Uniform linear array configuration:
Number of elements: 16
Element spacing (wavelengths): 0.25
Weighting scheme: hamming
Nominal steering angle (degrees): -45
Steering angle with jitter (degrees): -45.871
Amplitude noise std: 0.05
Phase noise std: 0.05

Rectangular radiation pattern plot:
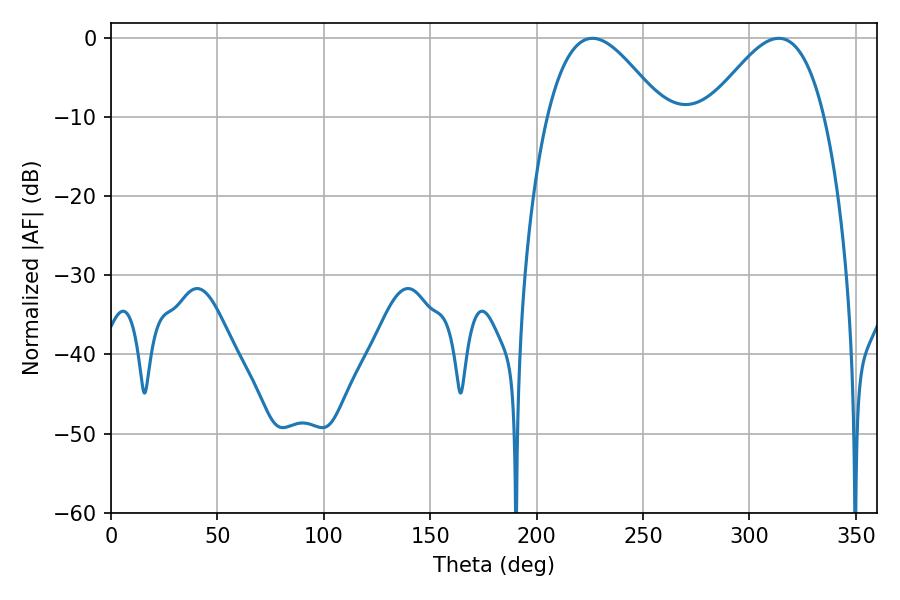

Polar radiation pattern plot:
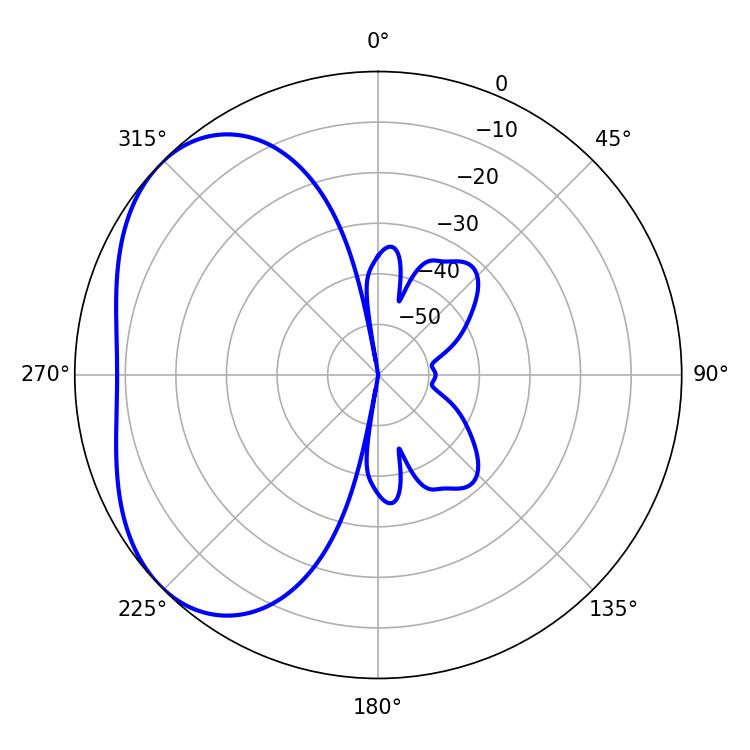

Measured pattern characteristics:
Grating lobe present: FALSE
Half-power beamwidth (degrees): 29.34
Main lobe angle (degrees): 313.74